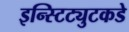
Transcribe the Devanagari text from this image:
इन्स्टिट्युटकडे